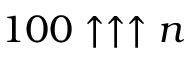
1 0 0 \uparrow \uparrow \uparrow n